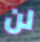
لن